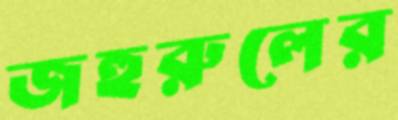
জহুরুলের